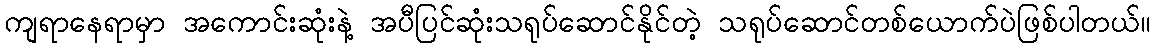
ကျရာနေရာမှာ အကောင်းဆုံးနဲ့ အပီပြင်ဆုံးသရုပ်ဆောင်နိုင်တဲ့ သရုပ်ဆောင်တစ်ယောက်ပဲဖြစ်ပါတယ်။